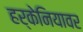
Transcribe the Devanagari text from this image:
हर्केनियावर